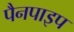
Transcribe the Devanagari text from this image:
पैनपाइप